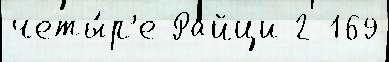
четы́р'е Райци 2 169